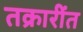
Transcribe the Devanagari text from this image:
तक्रारींत